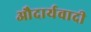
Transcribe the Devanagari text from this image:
औदार्यवादी